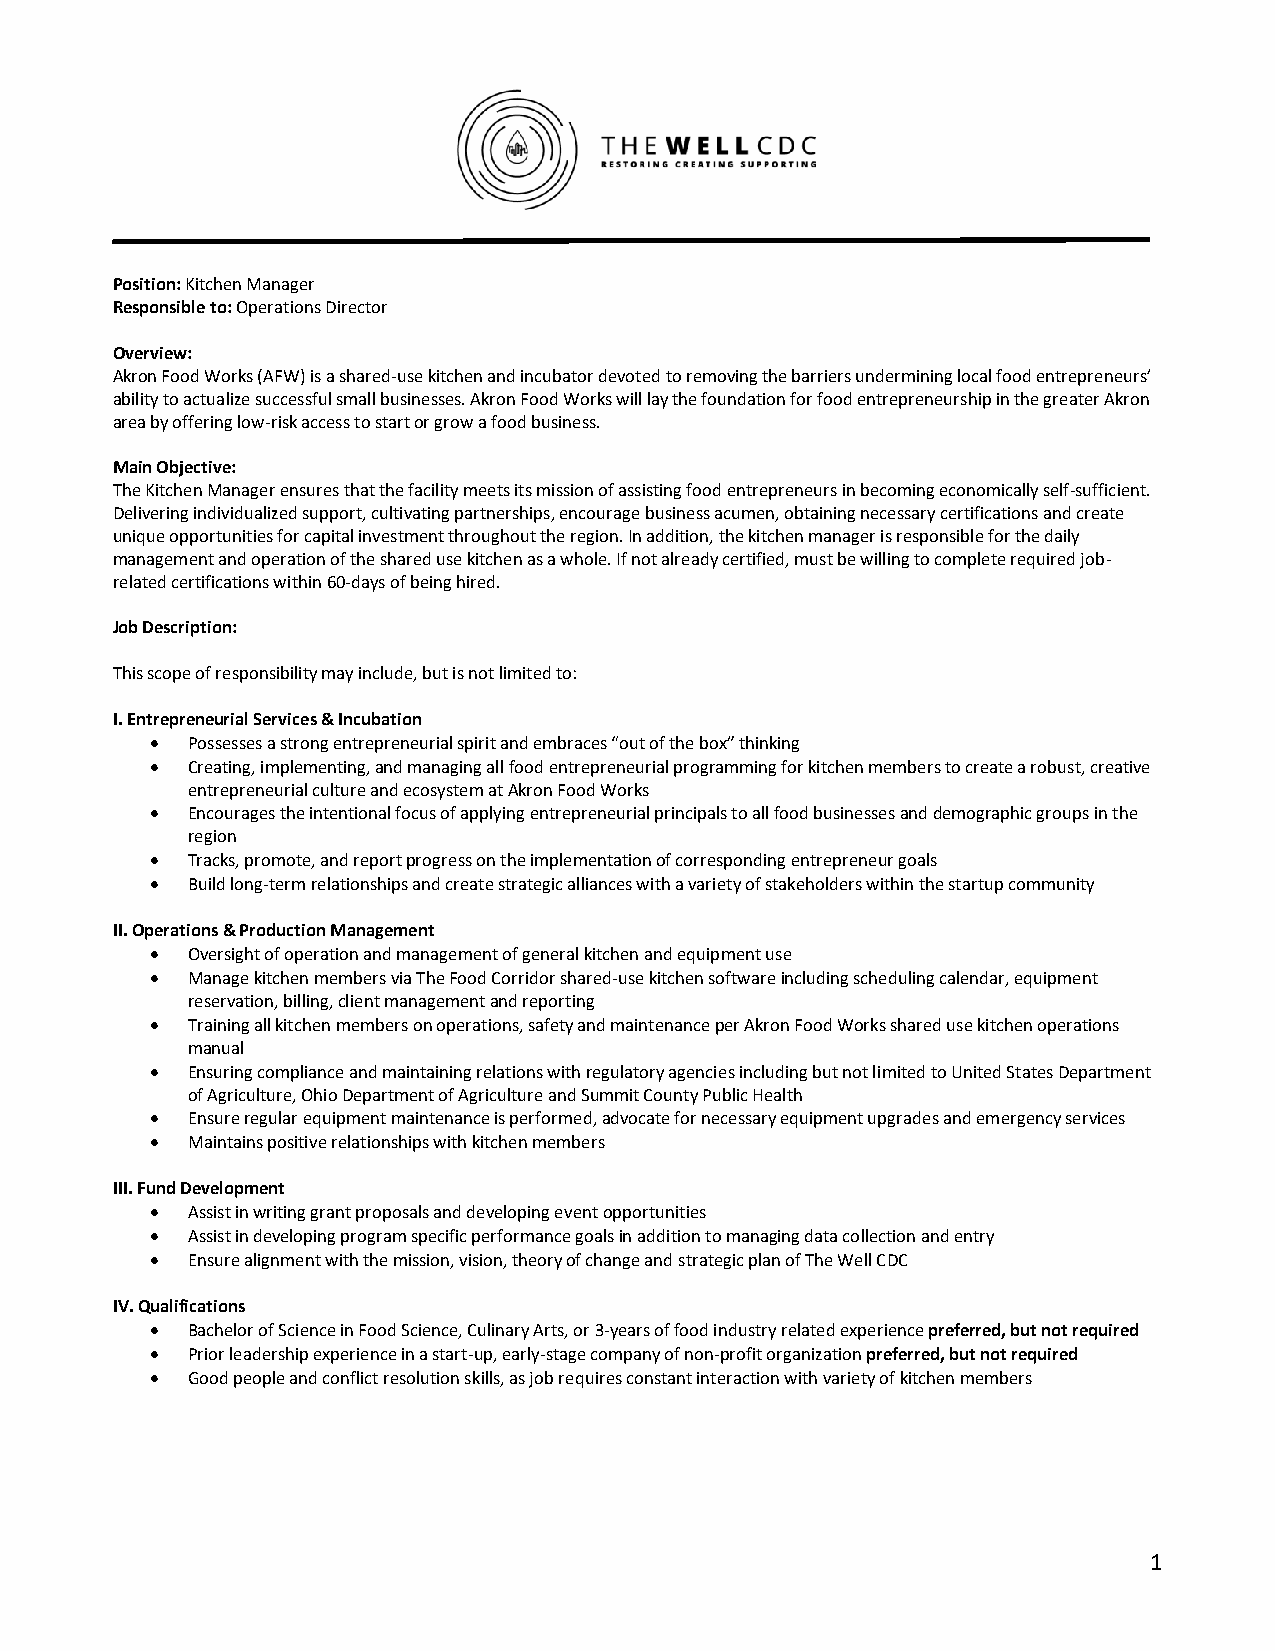
Position: Kitchen Manager
 Responsible to: Operations Director
 Overview:
 Akron Food Works (AFW) is a shared-use kitchen and incubator devoted to removing the barriers undermining local food entrepreneurs’
 ability to actualize successful small businesses. Akron Food Works will lay the foundation for food entrepreneurship in the greater Akron
 area by offering low-risk access to start or grow a food business.
 Main Objective:
 The Kitchen Manager ensures that the facility meets its mission of assisting food entrepreneurs in becoming economically self-sufficient.
 Delivering individualized support, cultivating partnerships, encourage business acumen, obtaining necessary certifications and create
 unique opportunities for capital investment throughout the region. In addition, the kitchen manager is responsible for the daily
 management and operation of the shared use kitchen as a whole. If not already certified, must be willing to complete required job-
 related certifications within 60-days of being hired.
 Job Description:
 This scope of responsibility may include, but is not limited to:
 I. Entrepreneurial Services & Incubation
 • Possesses a strong entrepreneurial spirit and embraces “out of the box” thinking
 • Creating, implementing, and managing all food entrepreneurial programming for kitchen members to create a robust, creative
 entrepreneurial culture and ecosystem at Akron Food Works
 • Encourages the intentional focus of applying entrepreneurial principals to all food businesses and demographic groups in the
 region
 • Tracks, promote, and report progress on the implementation of corresponding entrepreneur goals
 • Build long-term relationships and create strategic alliances with a variety of stakeholders within the startup community
 II. Operations & Production Management
 • Oversight of operation and management of general kitchen and equipment use
 • Manage kitchen members via The Food Corridor shared-use kitchen software including scheduling calendar, equipment
 reservation, billing, client management and reporting
 • Training all kitchen members on operations, safety and maintenance per Akron Food Works shared use kitchen operations
 manual
 • Ensuring compliance and maintaining relations with regulatory agencies including but not limited to United States Department
 of Agriculture, Ohio Department of Agriculture and Summit County Public Health
 • Ensure regular equipment maintenance is performed, advocate for necessary equipment upgrades and emergency services
 • Maintains positive relationships with kitchen members
 III. Fund Development
 • Assist in writing grant proposals and developing event opportunities
 • Assist in developing program specific performance goals in addition to managing data collection and entry
 • Ensure alignment with the mission, vision, theory of change and strategic plan of The Well CDC
 IV. Qualifications
 • Bachelor of Science in Food Science, Culinary Arts, or 3-years of food industry related experience preferred, but not required
 • Prior leadership experience in a start-up, early-stage company of non-profit organization preferred, but not required
 • Good people and conflict resolution skills, as job requires constant interaction with variety of kitchen members
 1